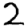
Digit: 2